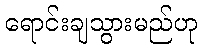
ရောင်းချသွားမည်ဟု